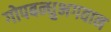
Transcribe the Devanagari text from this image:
गोपबन्धुभगवान